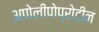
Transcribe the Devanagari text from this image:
अपोलीपोप्रोटीन